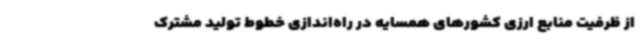
از ظرفیت منابع ارزی کشورهای همسایه در راه‌اندازی خطوط تولید مشترک